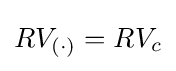
RV_{(\cdot )}=RV_{c}